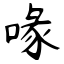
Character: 喙